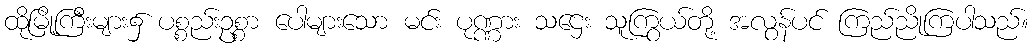
ထိုမြို့ကြီးများ၌ ပစ္စည်းဥစ္စာ ပေါများသော မင်း ပုဏ္ဏား သဌေး သူကြွယ်တို့ အလွန်ပင် ကြည်ညိုကြပါသည်။